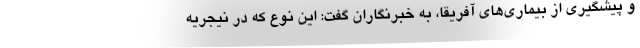
و پیشگیری از بیماری‌های آفریقا، به خبرنگاران گفت: این نوع که در نیجریه